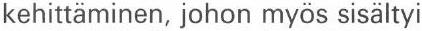
kehittäminen, johon myös sisältyi